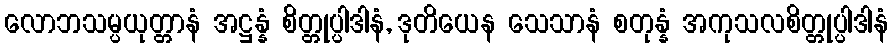
လောဘသမ္ပယုတ္တာနံ အဋ္ဌန္နံ စိတ္တုပ္ပါဒါနံ, ဒုတိယေန သေသာနံ စတုန္နံ အကုသလစိတ္တုပ္ပါဒါနံ